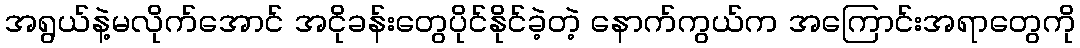
အရွယ်နဲ့မလိုက်အောင် အငိုခန်းတွေပိုင်နိုင်ခဲ့တဲ့ နောက်ကွယ်က အကြောင်းအရာတွေကို